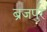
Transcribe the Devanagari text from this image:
ब्रजपुर